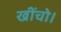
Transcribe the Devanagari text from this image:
खींचो।